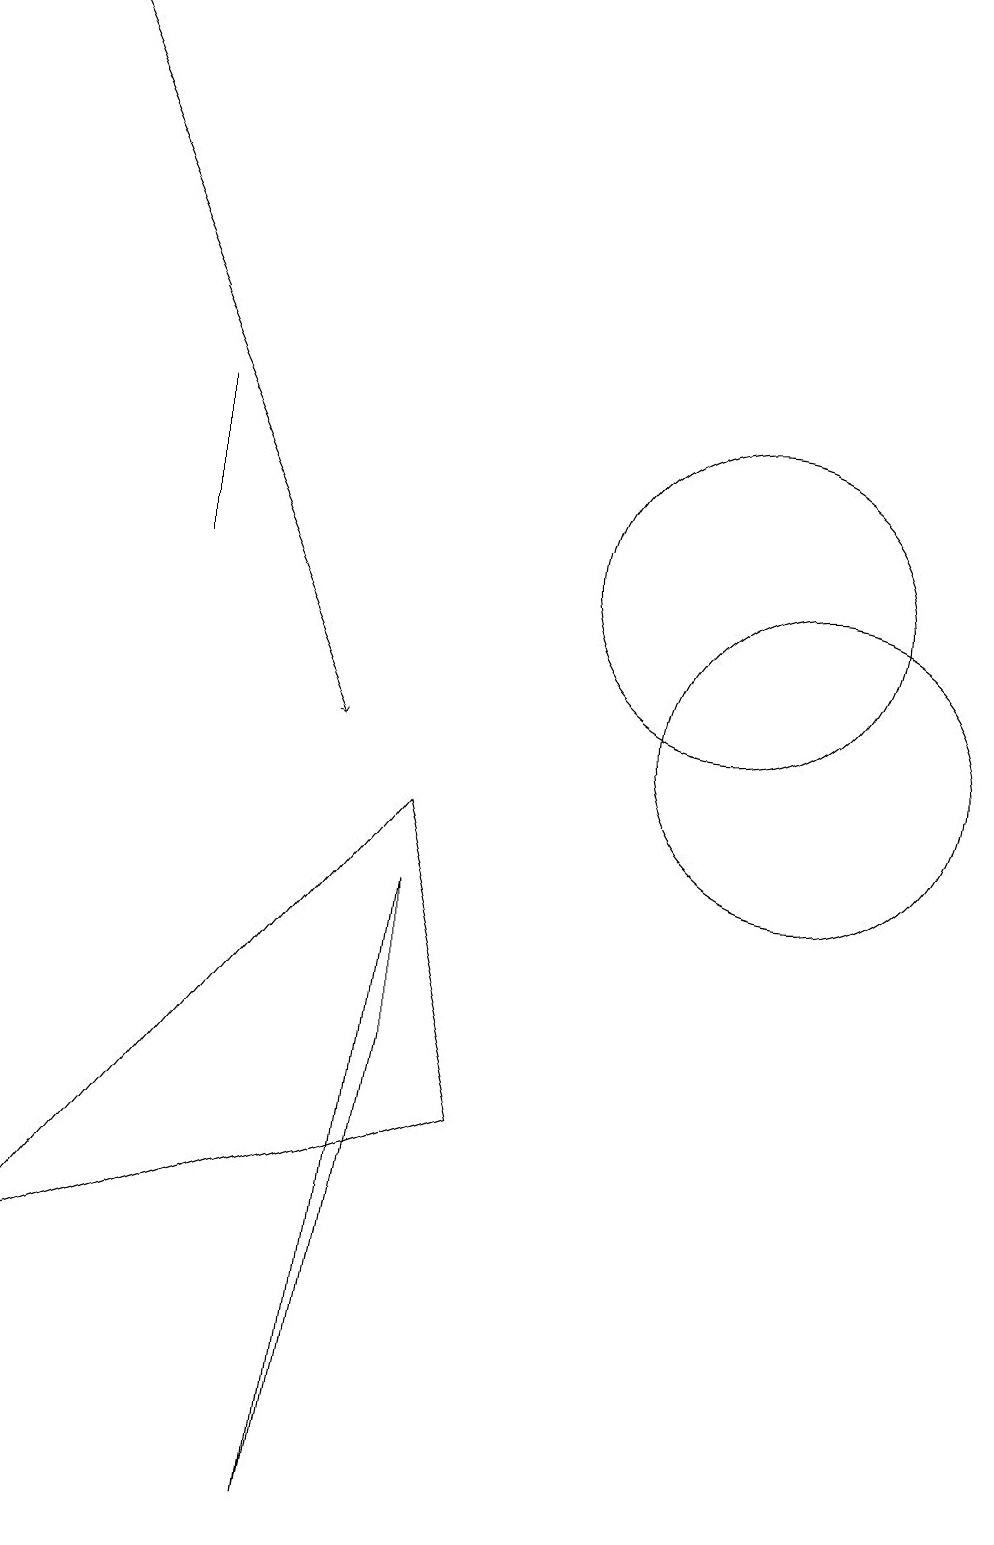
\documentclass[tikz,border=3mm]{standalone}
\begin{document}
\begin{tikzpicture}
\draw (11,10) circle (2);
\draw (10,12) circle (2);
\draw (1,3) -- (6,9) -- (7,5) -- cycle;
\draw (3,14) rectangle (3,12);
\draw (5,0) -- (6,6) -- (6,8) -- cycle;
\draw[->] (1,19) -- (5,10);
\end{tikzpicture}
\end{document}